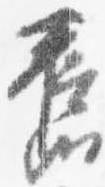
旧